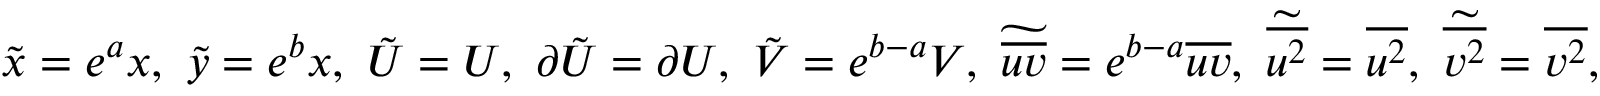
\tilde { x } = e ^ { a } x , \ \tilde { y } = e ^ { b } x , \ \tilde { U } = U , \ \partial \tilde { U } = \partial U , \ \tilde { V } = e ^ { b - a } V , \ \widetilde { \overline { { u v } } } = e ^ { b - a } \overline { { u v } } , \ \widetilde { \overline { { u ^ { 2 } } } } = \overline { { u ^ { 2 } } } , \ \widetilde { \overline { { v ^ { 2 } } } } = \overline { { v ^ { 2 } } } ,